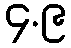
၄.၉